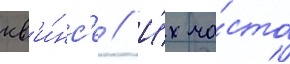
кв'и́нс'е // И́х ча́сто